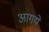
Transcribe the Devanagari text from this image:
आगये